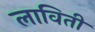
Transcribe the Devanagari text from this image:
लाविती